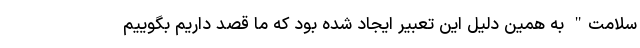
سلامت" به همین دلیل این تعبیر ایجاد شده بود که ما قصد داریم بگوییم